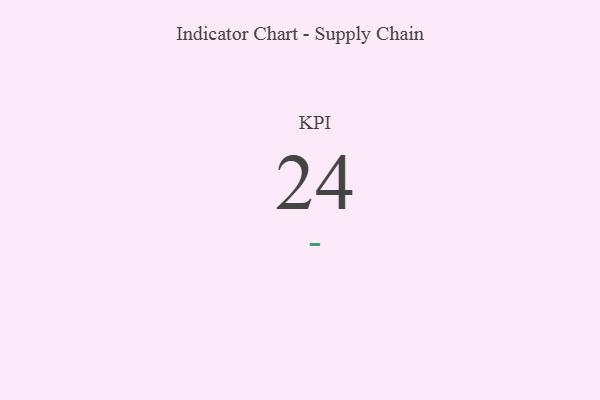
{"axis": {"x": "KPI", "y": "Value"}, "legend": [""], "data": [{"x": "KPI", "y": 24, "type": ""}]}